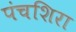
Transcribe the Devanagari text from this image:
पंचशिरा